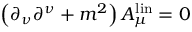
\left( \partial _ { \nu } \partial ^ { \nu } + m ^ { 2 } \right) A _ { \mu } ^ { \mathrm { l i n } } = 0